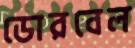
ডোরবেল